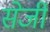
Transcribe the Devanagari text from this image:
सेर्जी